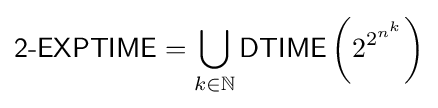
{\mathsf {2{\mbox{-}}EXPTIME}}=\bigcup _{k\in \mathbb {N} }{\mathsf {DTIME}}\left(2^{2^{n^{k}}}\right)